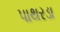
પાથરડા